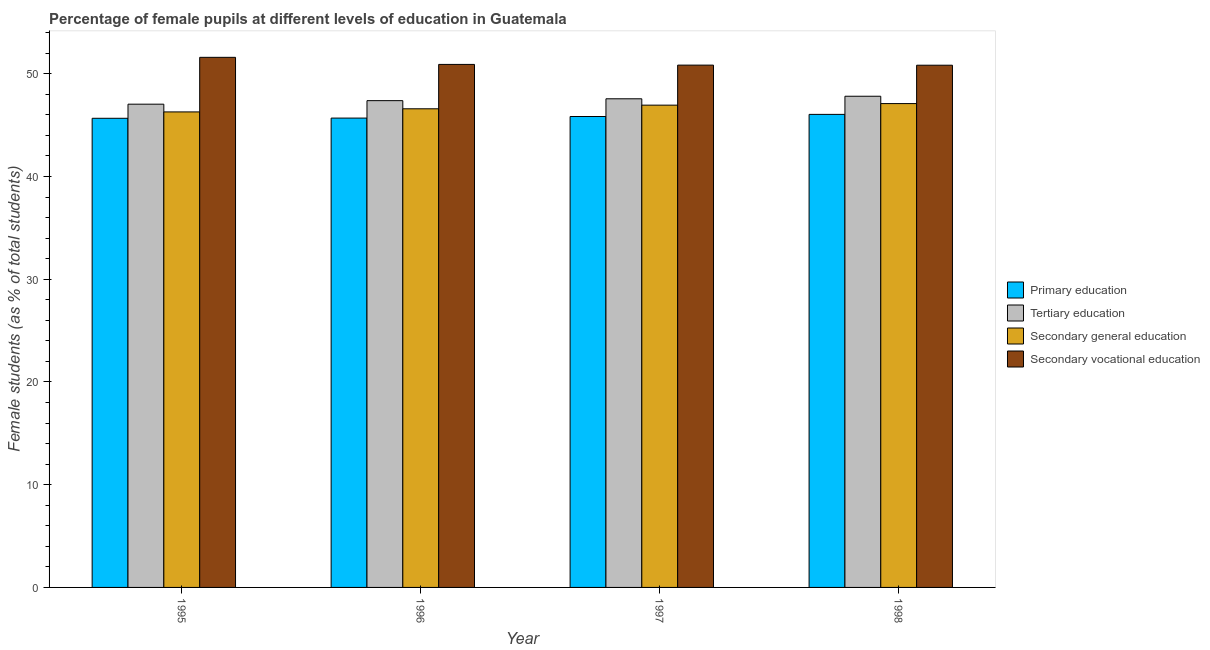
| Year | Primary education | Tertiary education | Secondary general education | Secondary vocational education |
 | --- | --- | --- | --- | --- |
 | 1995 | 45.7 | 47 | 46.3 | 51.6 |
 | 1996 | 45.7 | 47.4 | 46.6 | 50.9 |
 | 1997 | 45.8 | 47.6 | 46.9 | 50.8 |
 | 1998 | 46 | 47.8 | 47.1 | 50.8 |